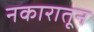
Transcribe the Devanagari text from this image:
नकारातून